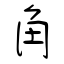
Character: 角